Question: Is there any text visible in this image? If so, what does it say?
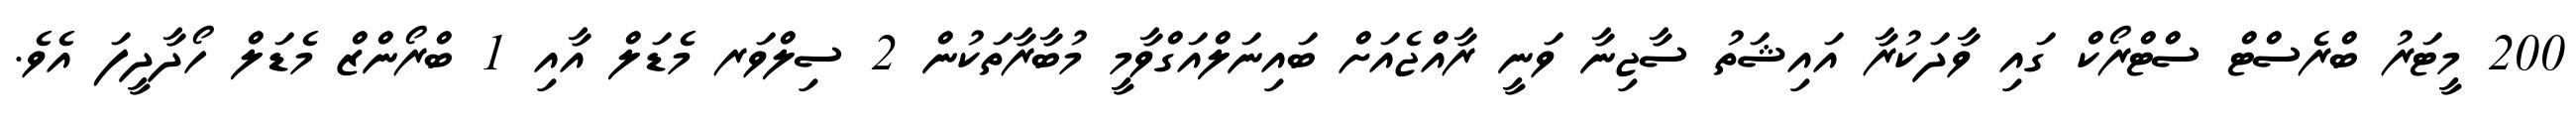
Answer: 200 މީޓަރު ބްރެސްޓް ސްޓްރޯކް ގައި ވާދަކުރާ އައިޝަތު ސާޖިނާ ވަނީ ރާއްޖެއަށް ބައިނަލްއަގްވާމީ މުބާރާތަކުން 2 ސިލްވަރ މެޑަލް އާއި 1 ބްރޯންޒް މެޑަލް ހޯދާދީފަ އެވެ.